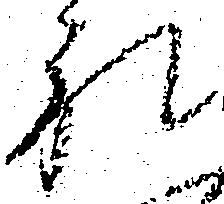
礼